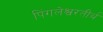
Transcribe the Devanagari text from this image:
पिंगलेश्वरतीर्थ